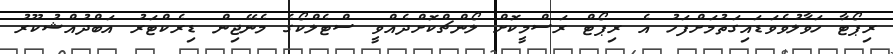
ރިޕޯޓާ ހަވާލުވެވަޑައިގަތުމަށްފަހު އެ ރިޕޯޓް ރަސްމީކޮށް ލޯންޗްކޮށްދެއްވީ ސްޓެލްކޯގެ މެނޭޖިން ޑިރެކްޓަރު އަބްދުއްޝުކޫރު